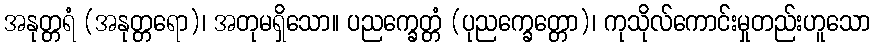
အနုတ္တရံ (အနုတ္တရော)၊ အတုမရှိသော။ ပညက္ခေတ္တံ (ပုညက္ခေတ္တော)၊ ကုသိုလ်ကောင်းမှုတည်းဟူသော